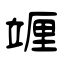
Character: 竰